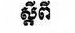
ស្ដីពី